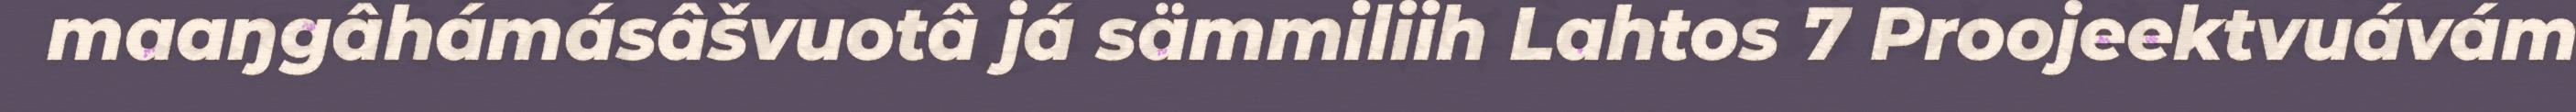
maaŋgâhámásâšvuotâ já sämmiliih Lahtos 7 Proojeektvuávám